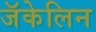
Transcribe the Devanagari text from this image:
जॅकेलिन